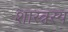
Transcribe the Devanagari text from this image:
शास्त्रस्य